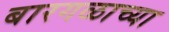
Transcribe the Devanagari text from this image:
बारगळाच्या